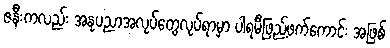
ဇနီးကလည်း အနုပညာအလုပ်တွေလုပ်ရာမှာ ပါရမီဖြည့်ဖက်ကောင်း အဖြစ်